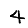
Digit: 4